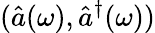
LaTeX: (\hat{a}(\omega),\hat{a}^{\dagger}(\omega))